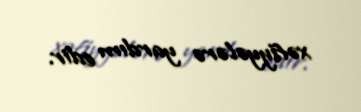
xəfiyyələrə yardım edir.